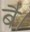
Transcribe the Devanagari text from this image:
बै।